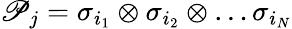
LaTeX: \mathscr{P}_{j}=\sigma_{i_{1}}\otimes\sigma_{i_{2}}\otimes\ldots\sigma_{i_{N}}